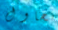
نحاول